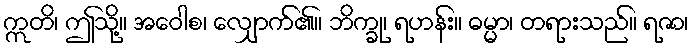
ဣတိ၊ ဤသို့။ အဝေါစ၊ လျှောက်၏။ ဘိက္ခု၊ ရဟန်း။ ဓမ္မာ၊ တရားသည်။ ရဇာ၊